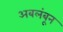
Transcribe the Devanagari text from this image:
अबलंबून